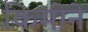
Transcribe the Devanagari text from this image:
किमीने